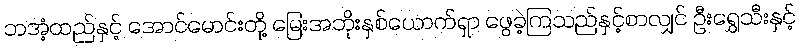
ဘအံ့ထည်နှင့် အောင်မောင်းတို့ မြေးအဘိုးနှစ်ယောက်ရှာ ဖွေခဲ့ကြသည်နှင့်စာလျှင် ဦးရွှေသီးနှင့်